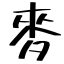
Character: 麥